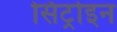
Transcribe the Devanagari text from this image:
सिट्रोइन